Reports on military cantonments and civil stations in the Presidency of Bombay inspected by the Sanitary Commissioner in the years 1875 and 1876
Year: 1875
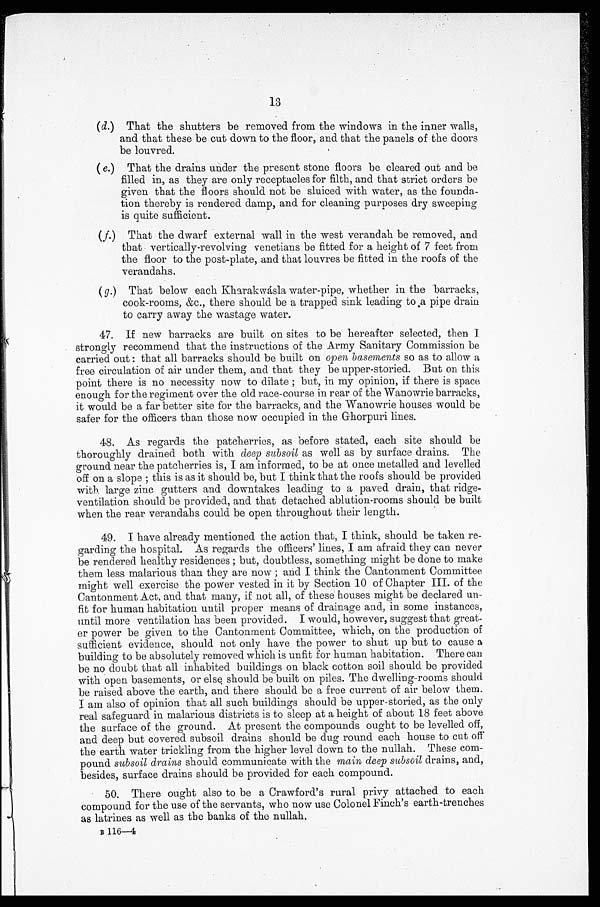
13
(d.)
That the shutters be removed from the windows in the inner walls,
and that these be cut down to the floor, and that the panels of the doors
be louvred.
(e.)
That the drains under the present stone floors be cleared out and be
filled in, as they are only receptacles for filth, and that strict orders be
given that the floors should not be sluiced with water, as the founda-
tion thereby is rendered damp, and for cleaning purposes dry sweeping
is quite sufficient.
(f.) That the dwarf external wall in the west verandah be removed, and
that vertically-revolving venetians be fitted for a height of 7 feet from
the floor to the post-plate, and that louvres be fitted in the roofs of the
verandahs.
(g.) That below each Kharakwásla water-pipe, whether in the barracks,
cook-rooms, &c., there should be a trapped sink leading to ,a pipe drain
to carry away the wastage water.
47. If new barracks are built on sites to be hereafter selected, then I
strongly recommend that the instructions of the Army Sanitary Commission be
carried out: that all barracks should be built on open basements so as to allow a
free circulation of air under them, and that they be upper-storied. But on this
point there is no necessity now to dilate; but, in my opinion, if there is space
enough for the regimen over the old race-course in rear of the Wanowrie barracks
, i t w o u l d b e a f a r b e t t e r s i t e f o r t h e b a r r a c k s , a n d t h e W a n o w r i e h o u s e s w o u l d b e
safer for the officers than those now occupied in the Ghorpuri lines.
48. As regards the patcherries, as before stated, each site should be
thoroughly drained both with deep subsoil as well as by surface drains. The
ground near the patcherries is, I am informed, to be at once metalled and levelled
off on a slope ; this is as it should be, but I think that the roofs should be provided
with large zinc gutters and downtakes leading to a paved drain, that ridge-
ventilation should be provided, and that detached ablution-rooms should be built
when the rear verandahs could be open throughout their length.
49. I have already mentioned the action that, I think, should be taken re-
garding the hospital. As regards the officers' lines, I am afraid they can never
be rendered healthy residences; but, doubtless, somet hi ng mi ght be done t o make
them less malarious than they are now; and I think the Cantonment Committee
might well exercise the power vested in it by Section 10 of Chapter III. of the
Cantonment Act, and that many, if not all, of these houses might be declared un-
fit for human habitation until proper means of drainage and, in some instances,
until more ventilation has been provided. I would, however, suggest that great
- e r p o w e r b e g i v e n t o t h e C a n t o n m e n t C o m m i t t e e , w h i c h , o n t h e p r o d u c t i o n o f
sufficient evidence, should not only have the power to shut up but to cause a
building to be absolutely removed which is unfit for human habitation. There can
be no doubt that all inhabited buildings on black cotton soil should be provided
with open basements, or else, should be built on piles. The dwelling-rooms should
be raised above the earth, and there should be a free current of air below them.
I am also of opinion that all such buildings should be upper-storied, as the only
real safeguard in malarious districts is to sleep at a height of about 18 feet above
the surface of the ground. At present the compounds ought to be levelled off,
and deep but covered subsoil drains should be dug round each house to cut off
the earth water trickling from the higher level down to the nullah. These com-
pound subsoil drains should communicate with the main deep subsoil drains, and,
besides, surface drains should be provided for each compound.
50. There ought also to be a Crawford's rural privy attached to each
compound for the use of the servants, who now use Colonel Finch's earth-trenches
as latrines as well as the banks of the nullah.
B 116—4